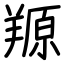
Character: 羱